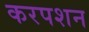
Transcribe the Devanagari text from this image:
करपशन